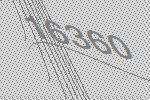
16360